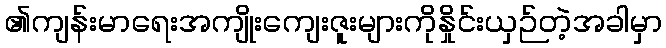
၏ကျန်းမာရေးအကျိုးကျေးဇူးများကိုနှိုင်းယှဉ်တဲ့အခါမှာ